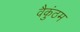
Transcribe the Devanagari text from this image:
वैकुंठम